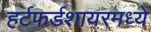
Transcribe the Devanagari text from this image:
हर्टफर्डशायरमध्ये